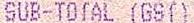
SUB-TOTAL (GST)